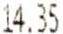
14.35